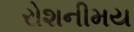
રોશનીમય